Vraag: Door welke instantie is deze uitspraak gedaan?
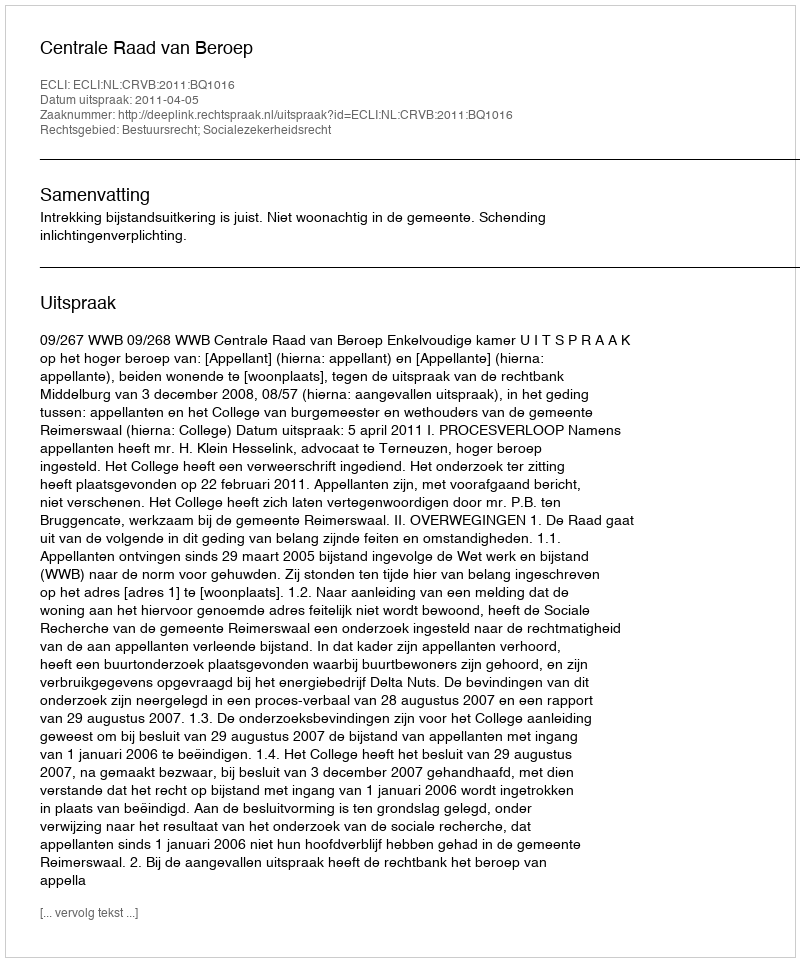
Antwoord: Centrale Raad van Beroep